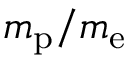
m _ { \mathrm { p } } / m _ { \mathrm { e } }